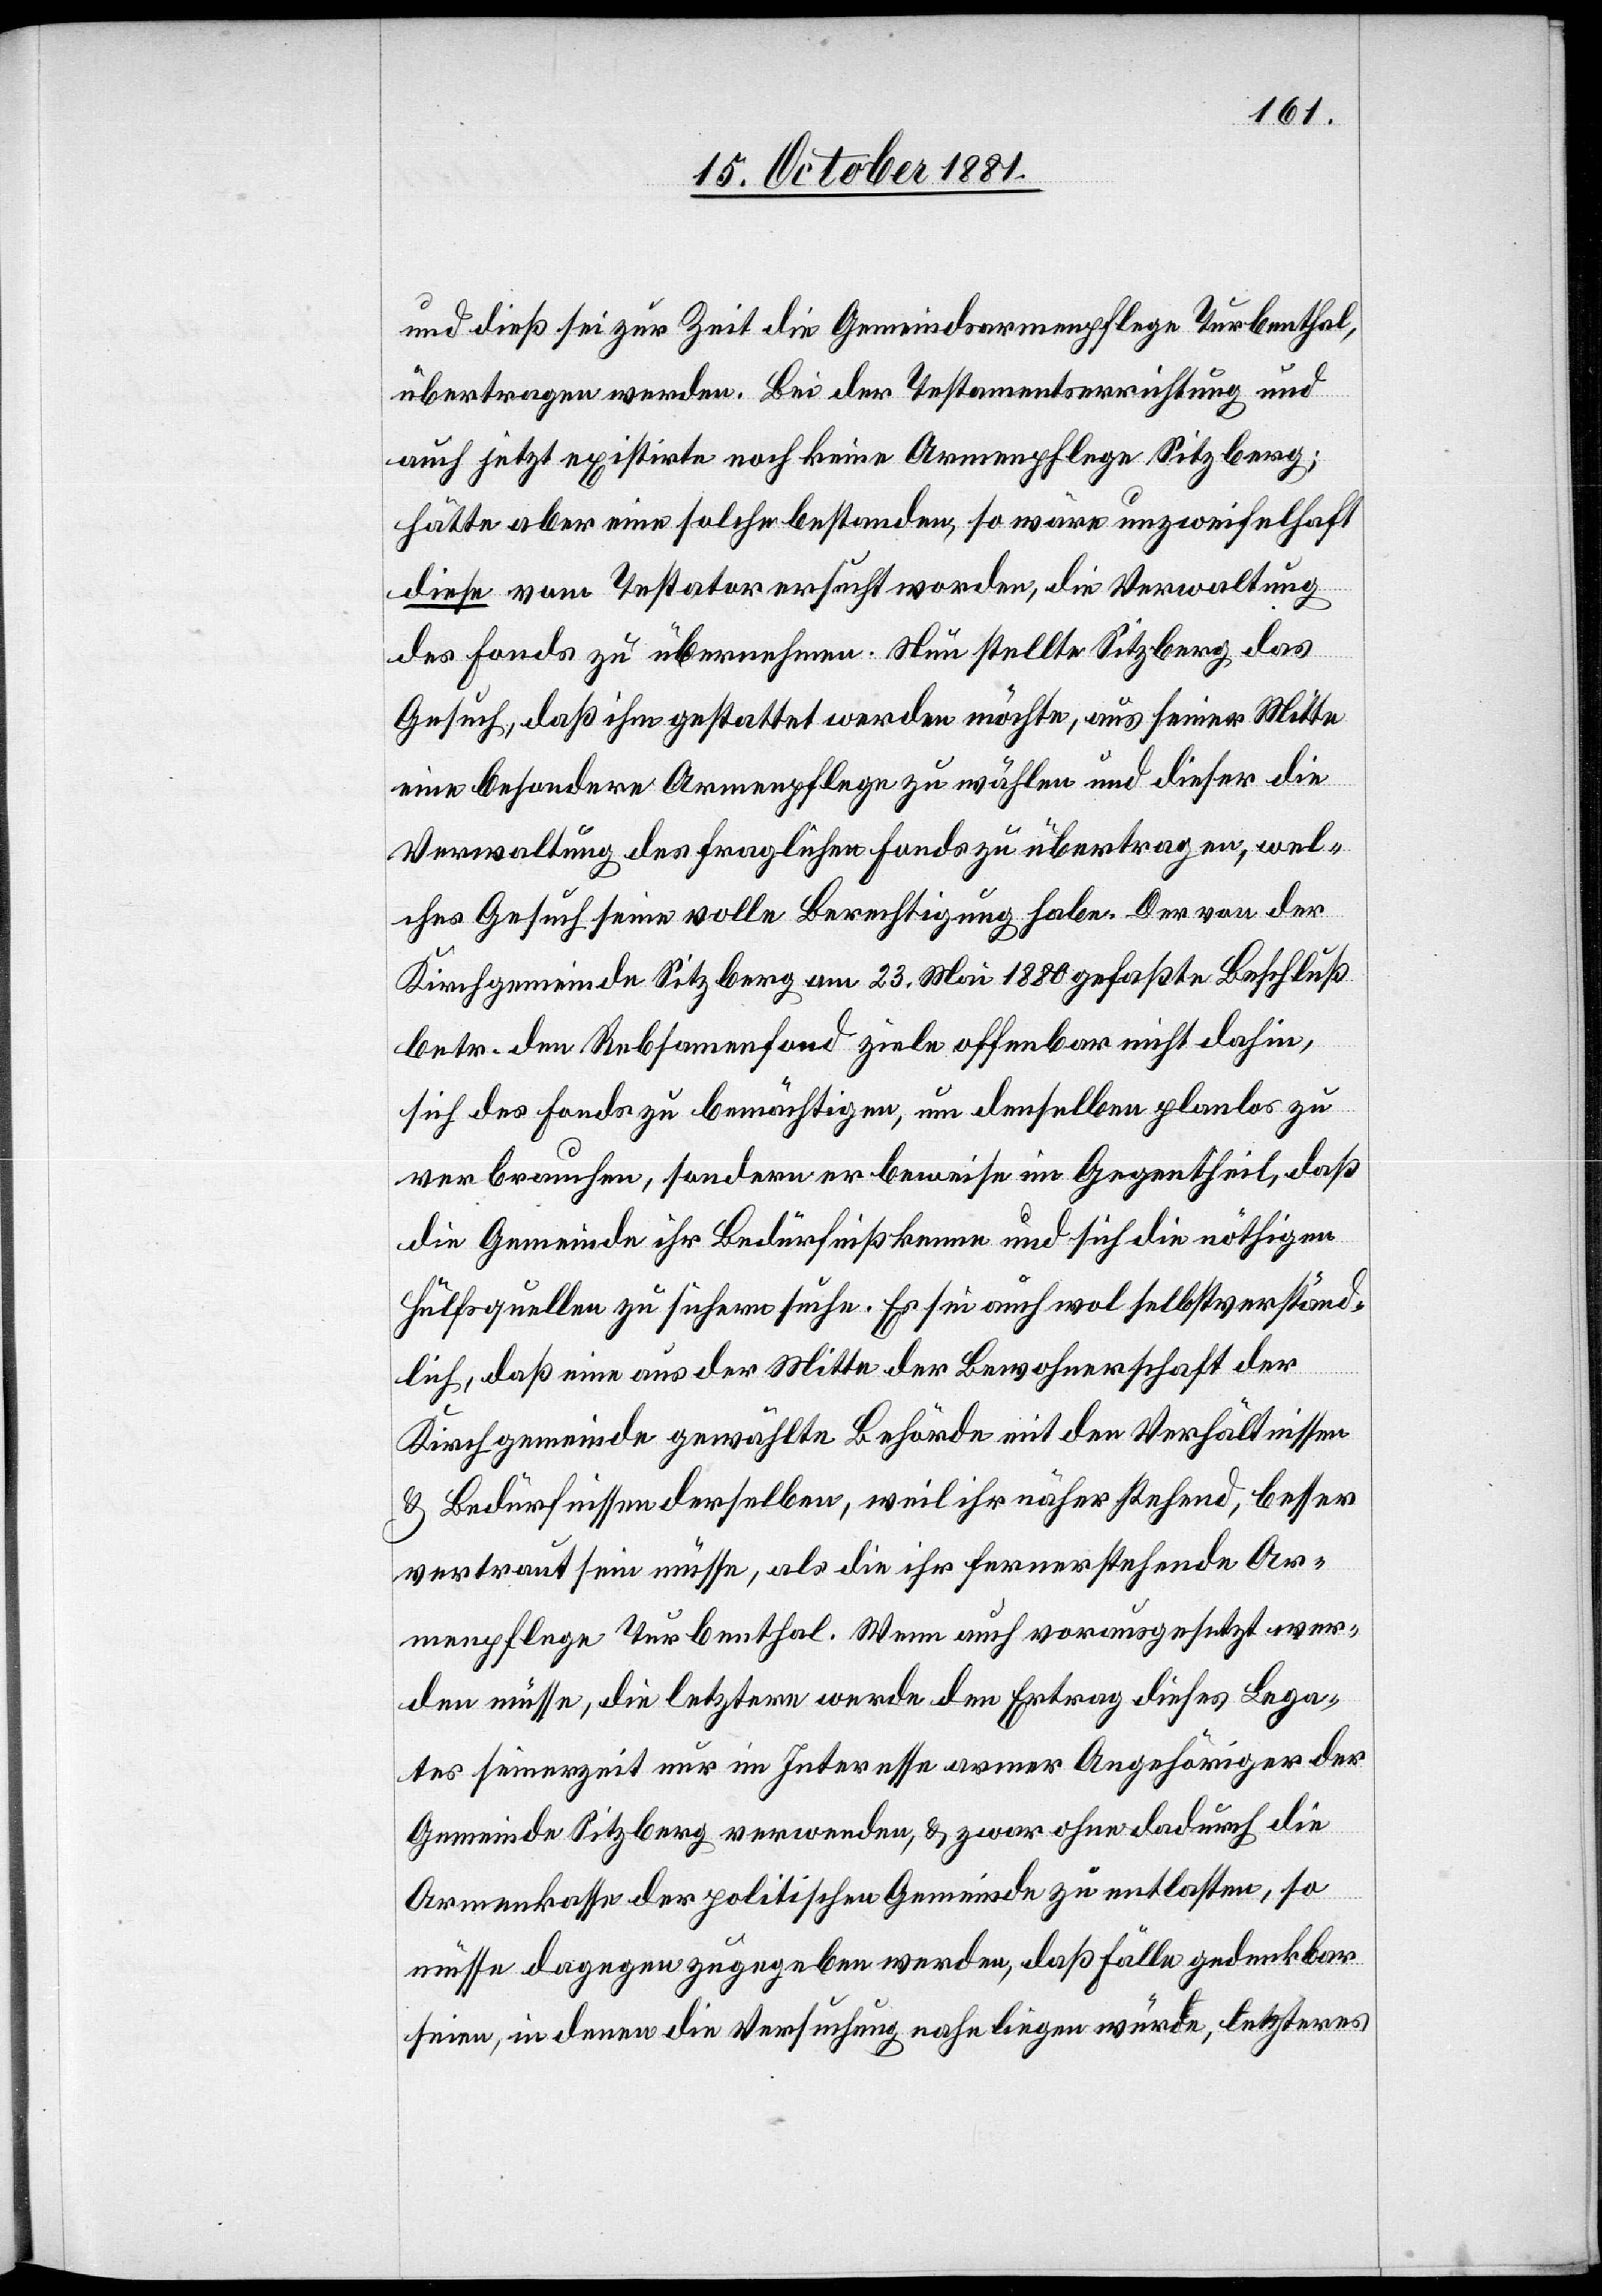
und dieß sei zur Zeit die Gemeindsarmenpflege Turbenthal,
übertragen werden. Bei der Testamentserrichtung und
auch jetzt existirte noch keine Armenpflege Sitzberg;
hätte aber eine solche bestanden, so wäre unzweifelhaft
diese vom Testator ersucht worden, die Verwaltung
des Fonds zu übernehmen. Nun stellte Sitzberg das
Gesuch, daß ihm gestattet werden möchte, aus seiner Mitte
eine besondere Armenpflege zu wählen und dieser die
Verwaltung des fraglichen Fonds zu übertragen, wel¬
ches Gesuch seine volle Berechtigung habe. Der von der
Kirchgemeinde Sitzberg am 23. Mai 1880 gefaßte Beschluß
betr. den Rebsamenfond ziele offenbar nicht dahin,
sich des Fonds zu bemächtigen, um denselben planlos zu
verbrauchen, sondern er beweise im Gegentheil, daß
die Gemeinde ihr Bedürfniß kenne und sich die nöthigen
Hülfsquellen zu sichern suche. Es sei auch wol selbstverständ¬
lich, daß eine aus der Mitte der Bewohnerschaft der
Kirchgemeinde gewählten Behörde mit den Verhältnissen
& Bedürfnissen derselben, weil ihr näher stehend, besser
vertraut sein müsse, als die ihr fernerstehende Ar¬
menpflege Turbenthal. Wenn auch vorausgesetzt wer¬
den müsse, die letztern werden den Ertrag dieses Lega¬
tes seinerzeit nur im Interesse armer Angehöriger der
Gemeinde Sitzberg verwenden, & zwar ohne dadurch die
Armenkasse der politischen Gemeinde zu entlasten, so
müsse dagegen zugegeben werden, daß Fälle gedenkbar
seien, in denen die Versuchung nahe liegen würde, letzteres